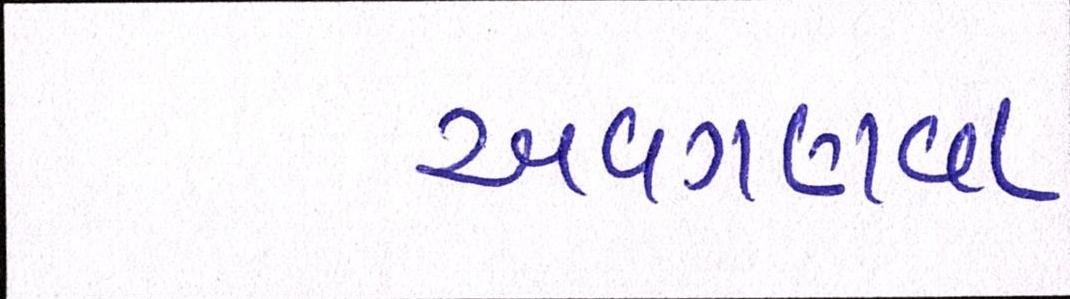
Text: અવગણવા